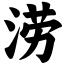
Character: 涝